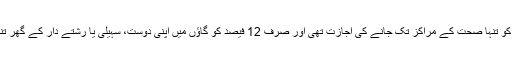
صرف 14 فیصد خواتین کو تنہا صحت کے مراکز تک جانے کی اجازت تھی اور صرف 12 فیصد کو گاؤں میں اپنی دوست، سہیلی یا رشتے دار کے گھر تنہا جانے کی اجازت تھی۔